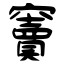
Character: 竇